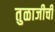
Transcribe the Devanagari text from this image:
तुळाजीची